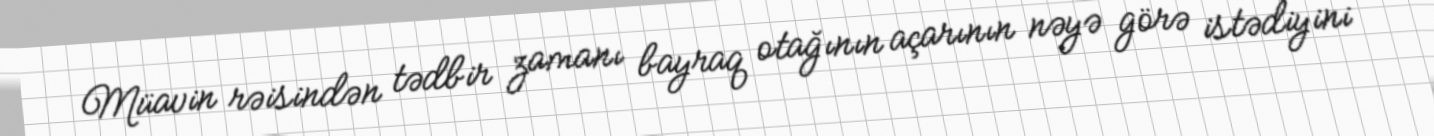
Müavin rəisindən tədbir zamanı bayraq otağının açarının nəyə görə istədiyini